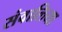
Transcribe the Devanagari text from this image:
संवालिया